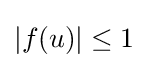
|f(u)|\leq 1